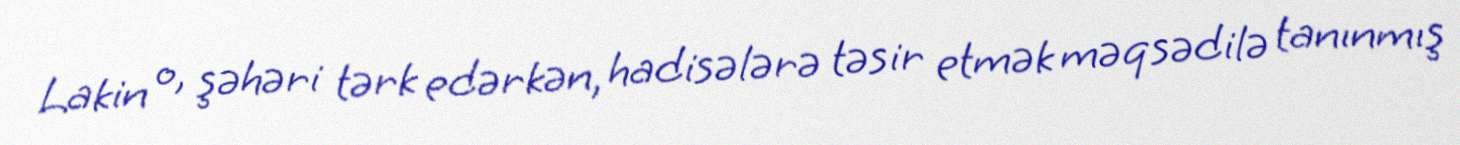
Lakin o, şəhəri tərk edərkən, hadisələrə təsir etmək məqsədilə tanınmış